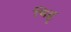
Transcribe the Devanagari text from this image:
चिह्नृ